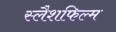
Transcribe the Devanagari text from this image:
स्लैशफिल्म